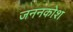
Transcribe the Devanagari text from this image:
जननकोश